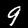
Digit: 9